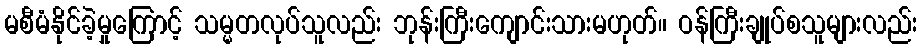
မစီမံနိုင်ခဲ့မှုကြောင့် သမ္မတလုပ်သူလည်း ဘုန်းကြီးကျောင်းသားမဟုတ်။ ဝန်ကြီးချုပ်စသူများလည်း